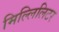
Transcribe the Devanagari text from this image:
मिल्लिलिटर